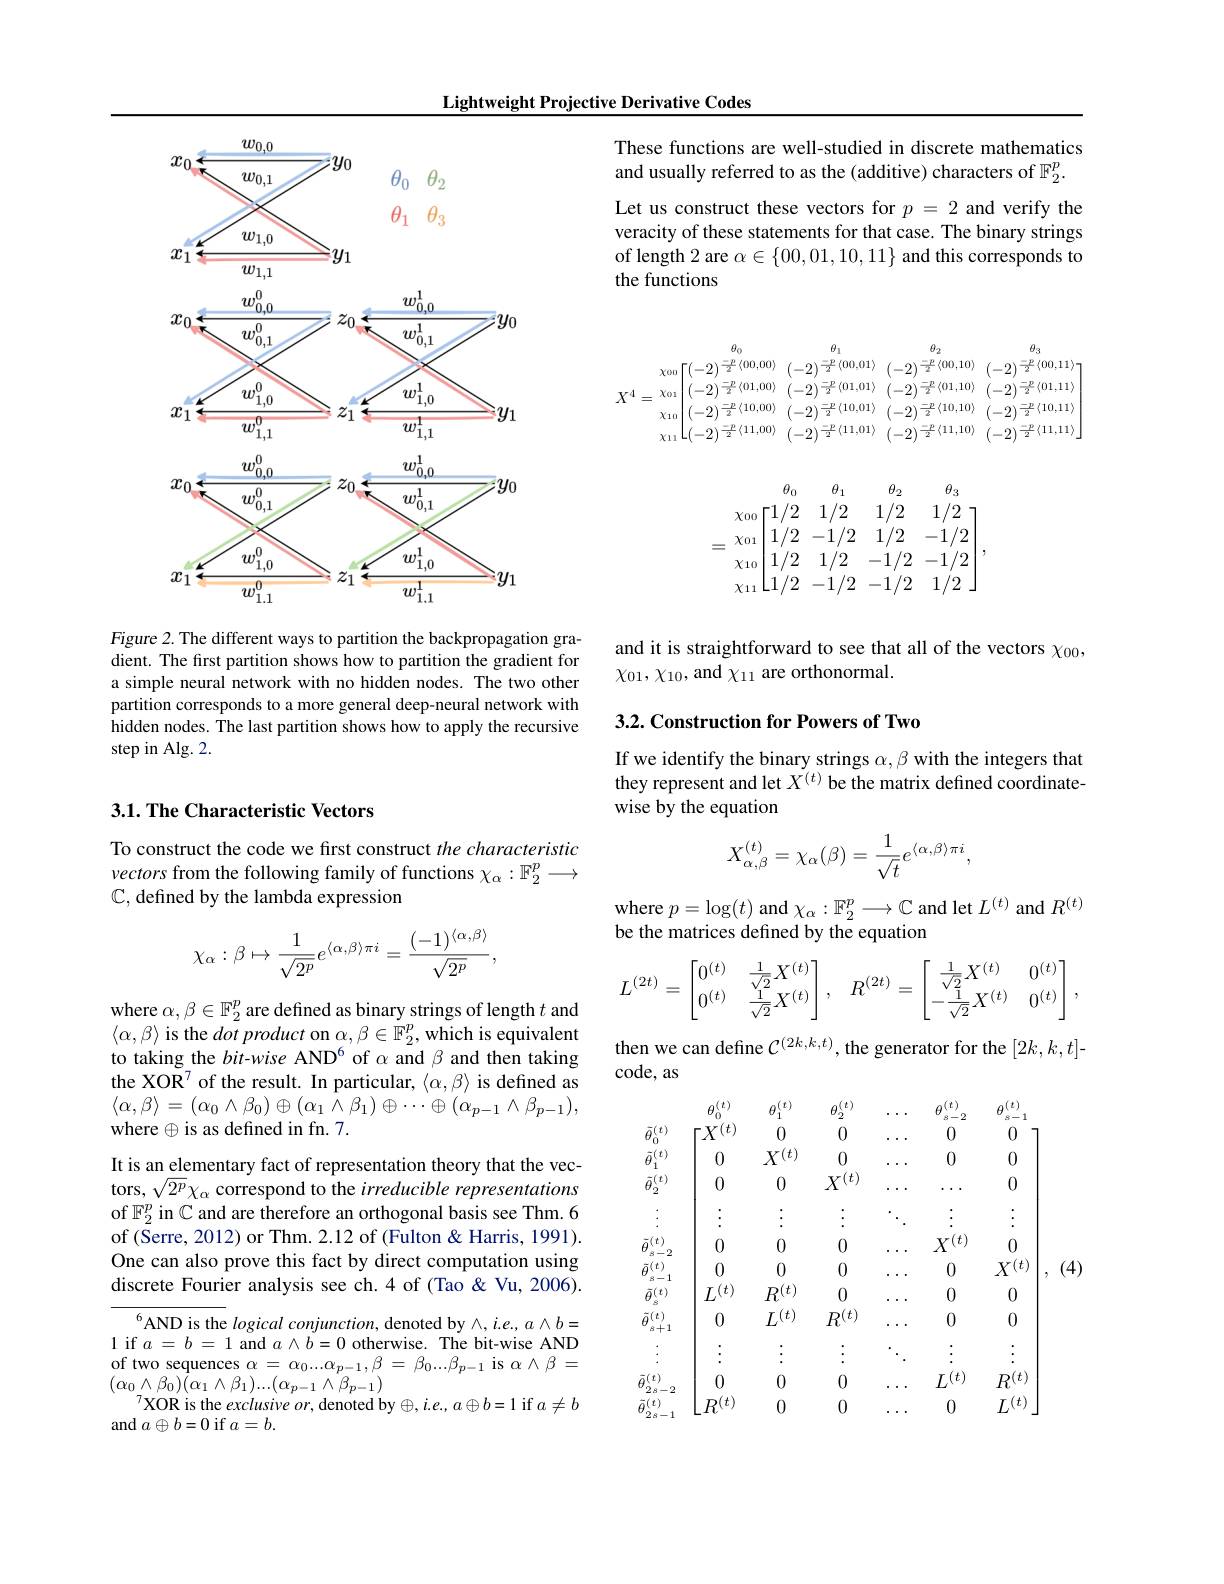
Lightweight Projective Derivative Codes

<FigureHere>

Figure 2. The different ways to partition the backpropagation gradient. The first partition shows how to partition the gradient for a simple neural network with no hidden nodes. The two other partition corresponds to a more general deep-neural network with hidden nodes. The last partition shows how to apply the recursive step in Alg. 2.

## $3. 1. \textbf{The Characteristic Vectors}$

To construct the code we first construct the characteristic vectors from the following family of functions $\chi_\alpha:\mathbb{F}_2^p\longrightarrow$ $\mathbb{C}$, defined by the lambda expression
$$\chi_\alpha:\beta\mapsto\frac{1}{\sqrt{2^p}}e^{\langle\alpha,\beta\rangle\pi i}=\frac{(-1)^{\langle\alpha,\beta\rangle}}{\sqrt{2^p}},$$
where $\alpha,\beta\in\mathbb{F}_2^p$ are defined as binary strings of length $t$ and $\langle\alpha,\beta\rangle$ is the dot product on $\alpha,\beta\in\mathbb{F}_2^p$,which is equivalent to taking the bit-wise AND$^6$ of $\alpha$ and $\beta$ and then taking the XOR$^7$of the result. In particular, $\langle\alpha,\beta\rangle$ is defined as $\langle\alpha,\beta\rangle=(\alpha_{0}\wedge\beta_{0})\oplus(\alpha_{1}\wedge\beta_{1})\oplus\cdots\oplus(\alpha_{p-1}\wedge\beta_{p-1})$, where$\oplus$is as defined in fn.7.

It is an elementary fact of representation theory that the vectors, $\sqrt2^p\chi_\alpha$ correspond to the irreducible representations of $\mathbb{F}_2^p$ in C and are therefore an orthogonal basis see Thm. 6 of (Serre, 2012) or Thm. 2.12 of (Fulton &Harris, 1991). One can also prove this fact by direct computation using discrete Fourier analysis see ch.4 of (Tao &Vu, 2006).
$^{6}$AND is the logical conjunction, denoted by $\wedge,i.e.,a\wedge b=$ 1 if $a=b=1$ and $a\wedge b=0$ otherwise. The bit-wise AND of two sequences $\alpha=\alpha_0...\alpha_{p-1},\beta=\beta_0...\beta_{p-1}$ is $\alpha\wedge\beta=$ $(\alpha_{0}\wedge\beta_{0})\bar{(}\alpha_{1}\wedge\beta_{1})...(\alpha_{p-1}\wedge\beta_{p-1})$

$^{7}$XOR is the exclusive or, denoted by$\oplus$, i. e. , a$\oplus$b= 1 if $a\neq b$
and $a\oplus b=0$ if $a=b.$

These functions are well-studied in discrete mathematics
and usually referred to as the (additive) characters of $\mathbb{F}_2^p.$
Let us construct these vectors for $p=2$ and verify the veracity of these statements for that case. The binary strings of length 2 are $\alpha\in\{00,01,10,11\}$ and this corresponds to the functions
$$\theta_0\quad\theta_1\quad\theta_2\quad\theta_3\\=\chi_{00}\begin{bmatrix}1/2&1/2&1/2&1/2\\1/2&-1/2&1/2&-1/2\\1/2&1/2&-1/2&-1/2\\1/2&-1/2&-1/2&1/2\end{bmatrix},$$
and it is straightforward to see that all of the vectors $\chi_{00}$,
$\chi_{01},\chi_{10}$,and $\chi_{11}$ are orthonormal.

## 3.2. Construction for Powers of Two

If we identify the binary strings $\alpha,\beta$ with the integers that they represent and let $X^{(t)}$ be the matrix defined coordinatewise by the equation
$$X_{\alpha,\beta}^{(t)}=\chi_{\alpha}(\beta)=\frac{1}{\sqrt{t}}e^{\langle\alpha,\beta\rangle\pi i},$$
where $p=\log(t)$ and $\chi_\alpha:\mathbb{F}_2^p\longrightarrow\mathbb{C}$ and let $L^(t)$ and $R^(t)$
be the matrices defined by the equation
$$L^{(2t)}=\begin{bmatrix}0^{(t)}&\frac{1}{\sqrt2}X^{(t)}\\0^{(t)}&\frac{1}{\sqrt2}X^{(t)}\end{bmatrix},\quad R^{(2t)}=\begin{bmatrix}\frac{1}{\sqrt2}X^{(t)}&0^{(t)}\\-\frac{1}{\sqrt2}X^{(t)}&0^{(t)}\end{bmatrix},$$
then we can define $\mathcal{C}^(2k,k,t)$, the generator for the $[2k,k,t]$-
code, as
$$\begin{aligned}&\theta_{0}^{(t)}\quad\theta_{1}^{(t)}\quad\theta_{2}^{(t)}\quad\ldots\quad\theta_{s-2}^{(t)}\quad\theta_{s-1}^{(t)}\\&\tilde{\theta}_{0}^{(t)}\\&\tilde{\theta}_{2}^{(t)}\quad\begin{bmatrix}X^{(t)}&0&0&\ldots&0&0\\0&X^{(t)}&0&\ldots&0&0\\0&0&X^{(t)}&\ldots&\ldots&0\\\vdots&\vdots&\vdots&\ddots&\vdots&\vdots\\0&0&0&\ldots&X^{(t)}&0\\0&0&0&\ldots&0&X^{(t)}\\\tilde{\theta}_{s}^{(t)}&L^{(t)}&R^{(t)}&0&\ldots&0&0\\\tilde{\theta}_{s+1}^{(t)}&0&L^{(t)}&R^{(t)}&\ldots&0&0\\\vdots&\vdots&\vdots&\ddots&\vdots&\vdots\\\tilde{\theta}_{2s-2}^{(t)}&0&0&\ldots&L^{(t)}&R^{(t)}\\\tilde{\theta}_{2s-1}^{(t)}&0&0&\ldots&0&L^{(t)}\end{bmatrix},\:(4)\end{aligned}$$